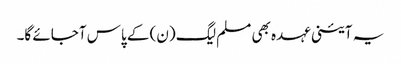
یہ آئینی عہدہ بھی مسلم لیگ (ن) کے پاس آجائے گا۔